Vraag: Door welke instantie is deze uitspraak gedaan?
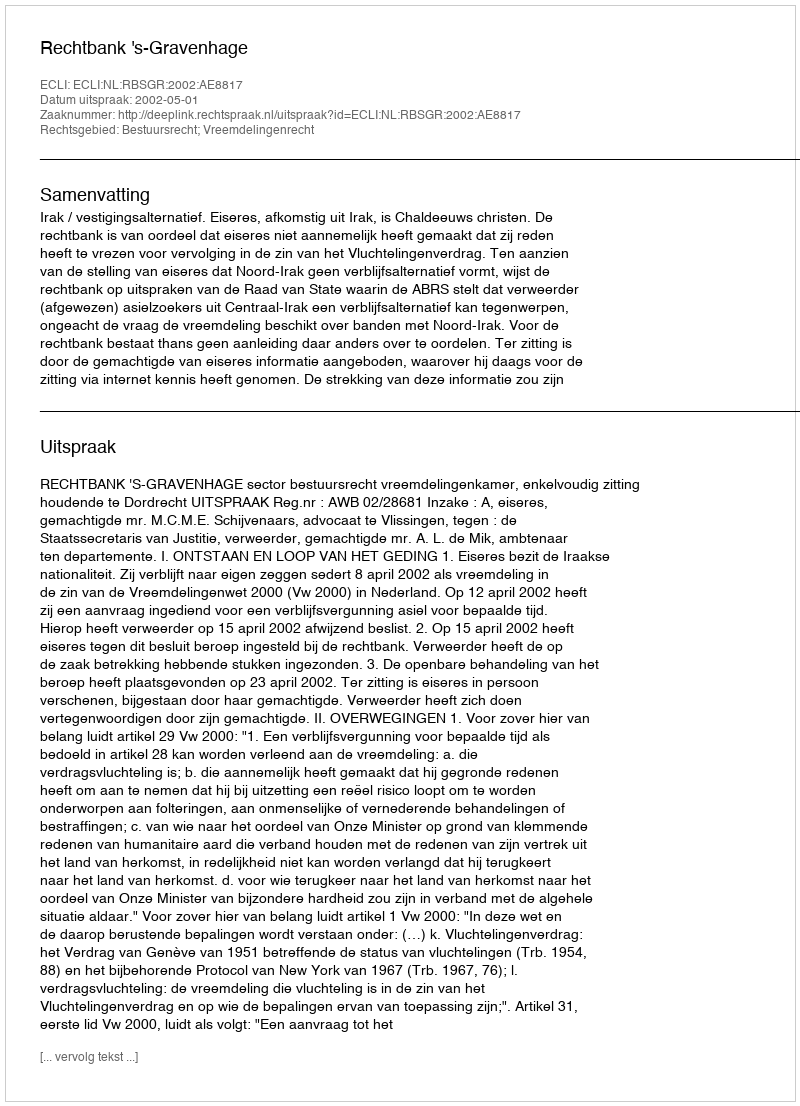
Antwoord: Rechtbank 's-Gravenhage